Civil Veterinary Dept. Assam report 1911-1927 - 1911-1927
Year: 1911
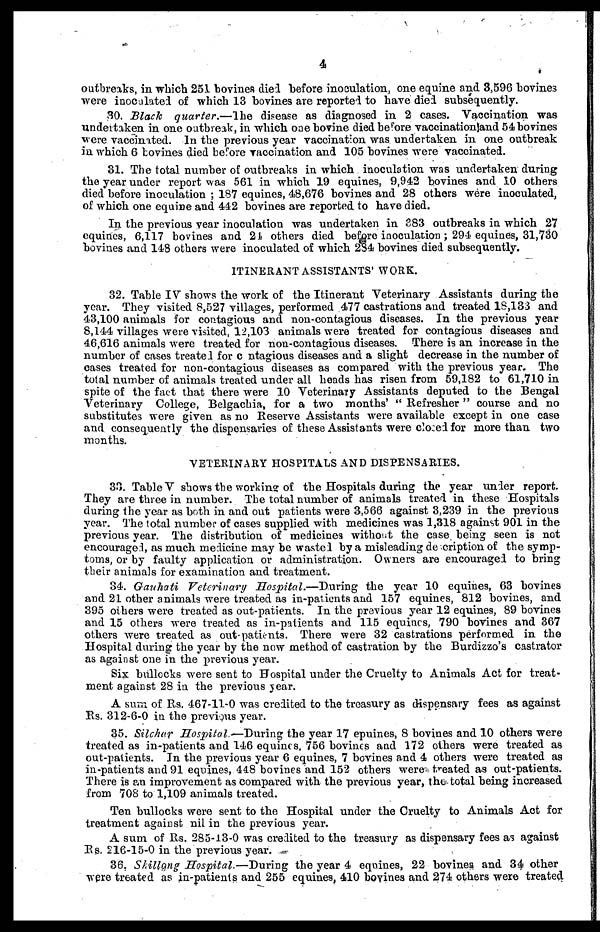
4
outbreaks, in which 251 bovines died before inoculation, one equine and 3,596 bovine3
were inoculated of which 13 bovines are reported to have died subsequently.
30. Black quarter.—The disease as diagnosed in 2 cases. Vaccination was
undertaken in one outbreak, in which one bovine died before vaccination land 54 bovines
were vaccinated. In the previous year vaccination was undertaken in one outbreak
in which 6 bovines died before vaccination and 105 bovines were vaccinated.
31. The total number of outbreaks in which inoculation was undertaken during
the year under report was 561 in which 19 equines, 9,942 bovines and 10 others
died before inoculation ; 187 equines, 48,676 bovines and 28 others were inoculated,
of which one equine and 442 bovines are reported to have died.
In the previous year inoculation was undertaken in 383 outbreaks in which 27
equines, 6,117 bovines and 24 others died before inoculation ; 294 equines, 31,730
bovines and 148 others were inoculated of which 284 bovines died subsequently.
ITINERANT ASSISTANTS' WORK.
32. Table IV shows the work of the Itinerant Veterinary Assistants during the
year. They visited 8,527 villages, performed 477 castrations and treated 18,133 and
43,100 animals for contagious and non-contagious diseases. In the previous year
8,144 villages were visited, 12,103 animals were treated for contagious diseases and
46,616 animals were treated for non-contagious diseases. There is an increase in the
number of cases treated for c ntagious diseases and a slight decrease in the number of
cases treated for non-contagious diseases as compared with the previous year. The
total number of animals treated under all heads has risen from 59,182 to 61,710 in
spite of the fact that there were 10 Veterinary Assistants deputed to the Bengal
Veterinary College, Belgachia, for a two months' " Refresher " course and no
substitutes were given as no Reserve Assistants were available except in one case
and consequently the dispensaries of these Assistants were closed for more than two
months.
VETERINARY HOSPITALS AND DISPENSARIES.
33. Table V shows the working of the Hospitals during the year under report.
They are three in number. The total number of animals treated in these Hospitals
during the year as both in and out patients were 3,566 against 3,239 in the previous
year. The total number of cases supplied with medicines was 1,318 against 901 in the
previous year. The distribution of medicines without the case being seen is not
encouraged, as much medicine may be wasted by a misleading de cription of the symp-
toms, or by faulty application or administration. Owners are encouraged to bring
their animals for examination and treatment.
34. Gauhati Veterinary Hospital.—During the year 10 equines, 63 bovines
and 21 other animals were treated as in-patients and 157 equines, 812 bovines, and
395 others were treated as out-patients. In the previous year 12 equines, 89 bovines
and 15 others were treated as in-patients and 115 equines, 790 bovines and 367
others were treated as out-patients. There were 32 castrations performed in the
Hospital during the year by the now method of castration by the Burdizzo's castrator
as against one in the previous year.
Six bullocks were sent to Hospital under the Cruelty to Animals Act for treat-
ment against 28 in the previous year.
A sum of Rs. 467-11-0 was credited to the treasury as dispensary fees as against
Rs. 312-6-0 in the previous year.
35. Silchar Hospital.—During the year 17 epuines, 8 bovines and 10 others were
treated as in-patients and 146 equines, 756 bovines and 172 others were treated as
out-patients. In the previous year 6 equines, 7 bovines and 4 others were treated as
in-patients and 91 equines, 448 bovines and 152 others were treated as out-patients.
There is an improvement as compared with the previous year, the total being increased
from 708 to 1,109 animals treated.
Ten bullocks were sent to the Hospital under the Cruelty to Animals Act for
treatment against nil in the previous year.
A sum of Rs. 285-13-0 was credited to the treasury as dispensary fees as against
Rs. 216-15-0 in the previous year.
36. Shilling Hospital.—During the year 4 equines, 22 bovines and 34 other
were treated as in-patients and 255 equines, 410 bovines and 274 others were treated